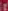
: